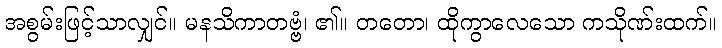
အစွမ်းဖြင့်သာလျှင်။ မနသိကာတဗ္ဗံ၊ ၏။ တတော၊ ထိုကွာလေသော ကသိုဏ်းထက်။